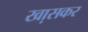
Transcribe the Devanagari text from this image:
खा़सकर